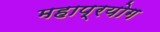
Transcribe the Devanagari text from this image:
महाप्रयोग